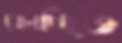
ঘোলাচ্ছিত